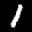
Label: 1